Punjab Mental Hospital Lahore 1932-46 - 1932-1946
Year: 1932
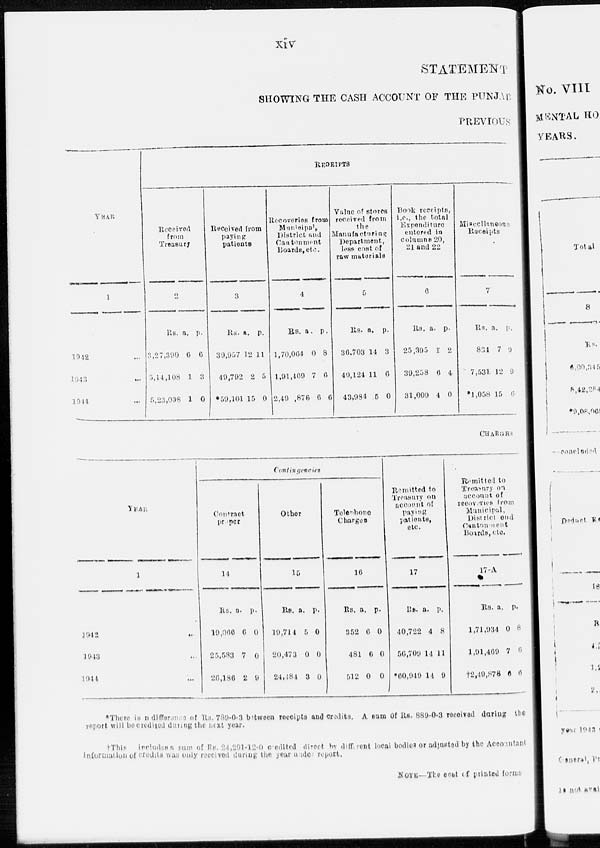
xiv
STATEMENT
SHOWING THE CASH ACCOUNT OF THE PUNJAB
PREVIOUS
RECEIPTS
YEAR
1
1942 ...
1943 ...
1944 ...
Received
from
Treasury
2
Rs.
3,27,390
5,14,108
5,23,038
a.
6
1
1
p.
6
3
0
Received from
paying
patients
3
Rs.
39,957
49,792
*59,101
a.
12
2
15
p.
11
5
0
Recoveries
from
Municipal,
District and
Cantonment
Boards,etc.
4
Rs.
1,70,064
1,91,469
249,876
a.
0
7
6
p.
8
6
6
Value of stores
received from
the
Manufacturing
Department,
less cost of
raw materials
5
Rs.
36,703
40,124
43,984
a.
14
11
5
p.
3
6
0
Book receipts,
i.e., the total
Expenditure
entered in
columns 20,
21 and 22
6
Rs.
25,395
39,258
31,009
A.
1
6
4
P.
2
4
0
Miscellaneous
Receipts
7
Rs.
834
7,531
*1,058
A.
7
12
15
P.
9
9
6
CHARGES
YEAR
1
1942 ...
1943 ...
1944 ...
Contingencies
Contract
proper
14
Rs.
19,066
25,583
26,186
a.
6
7
2
p.
0
0
9
Other
15
Rs.
19,714
20,473
24,484
a.
5
0
3
p.
0
0
0
Telephone
Charges
16
Rs.
352
481
512
a.
6
6
0
p.
0
0
0
Remitted to
Treasury on
account of
paying
patients,
etc.
17
Rs.
40,722
56,709
*60,949
a.
4
14
14
p.
8
11
9
Remitted
to
Treasury on
account of
recoveries from
Municipal,
District and
Cantonment
Boards,etc.
17-A
Rs.
1,71,934
1,91,469
†2,49,878
a.
0
7
6
p.
8
6
6
*There is an difference of Rs. 789-0-3 between receipts and credits. A sum of Rs. 889-0-3 received during the
report will be credited during the next year.
†This includes a sum of Rs.24,291-12-0 credited direct by different local bodies or adjusted by the Accountant
information of credits was only received during the year under report.
NOTE-The cost of printed forms.